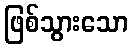
ဖြစ်သွားသော